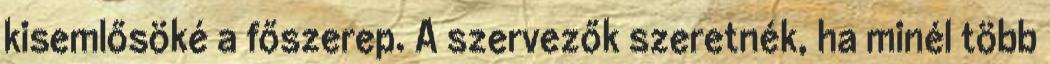
kisemlősöké a főszerep. A szervezők szeretnék, ha minél több